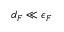
d _ { F } \ll \epsilon _ { F }